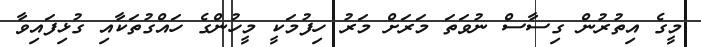
މީގެ އިތުރުން ގިސާސް ނުވަތަ މަރަށް މަރު ހިފުމަކީ މީހުންގެ ހައްގުތަކާއި ގުޅިފައިވާ